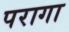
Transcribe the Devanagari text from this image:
परागा